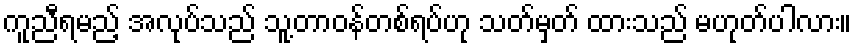
ကူညီရမည့် အလုပ်သည် သူ့တာဝန်တစ်ရပ်ဟု သတ်မှတ် ထားသည် မဟုတ်ပါလား။